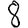
Digit: 8